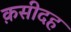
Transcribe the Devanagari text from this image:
क़सीदह